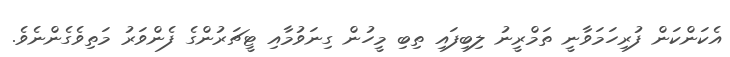
އެކަންކަން ފުރިހަމަވާނީ ތަމްރީނު ލިބިފައި ތިބި މީހުން ގިނަވުމާއި ޓީޗަރުންގެ ފެންވަރު މަތިވެގެންނެވެ.